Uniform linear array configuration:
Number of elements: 16
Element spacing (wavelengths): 0.75
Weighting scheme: cosine
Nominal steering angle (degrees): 0
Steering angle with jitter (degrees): -0.4124
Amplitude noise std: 0.05
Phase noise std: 0.05

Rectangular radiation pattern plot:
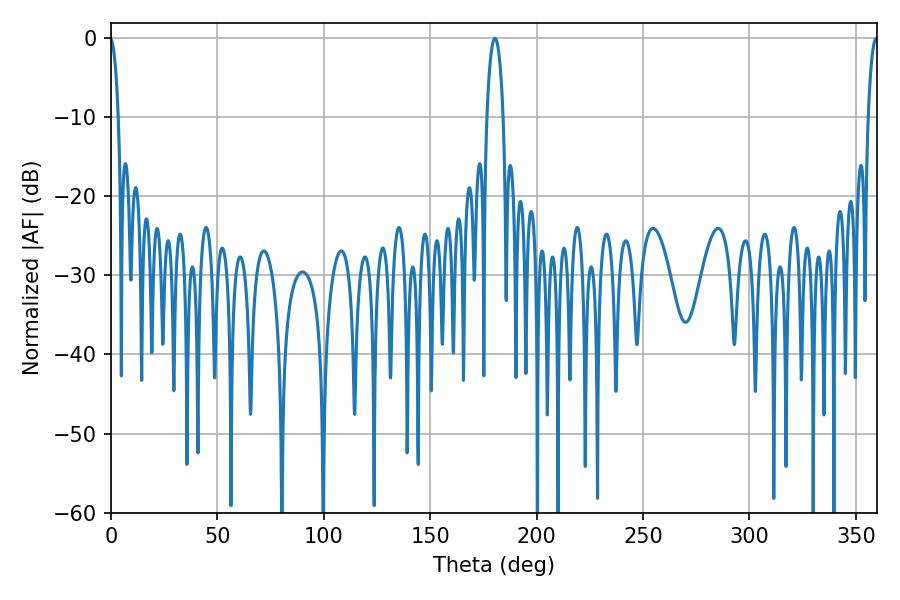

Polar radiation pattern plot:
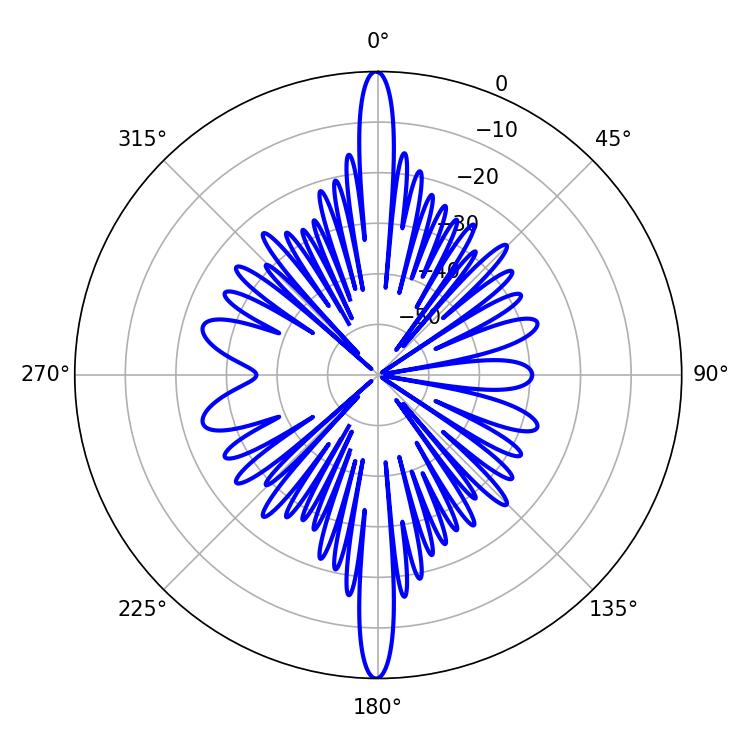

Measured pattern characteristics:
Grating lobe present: TRUE
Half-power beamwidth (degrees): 4.32
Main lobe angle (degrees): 180.36